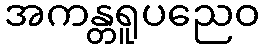
အကန္တရူပညေဝ